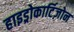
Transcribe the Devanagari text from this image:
हाइड्रोकार्टिज़ोन